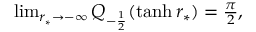
\begin{array} { r } { \operatorname* { l i m } _ { r _ { * } \to - \infty } Q _ { - \frac { 1 } { 2 } } ( \operatorname { t a n h } r _ { * } ) = \frac { \pi } { 2 } , } \end{array}